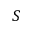
S